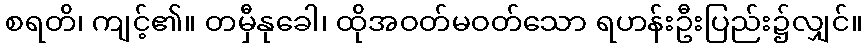
စရတိ၊ ကျင့်၏။ တမှီနုခေါ၊ ထိုအဝတ်မဝတ်သော ရဟန်းဦးပြည်း၌လျှင်။